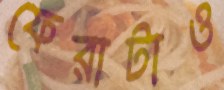
ফেরাটাও